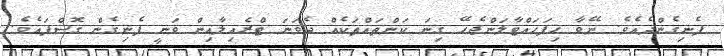
ފެނިގެންދެއެވެ. ނޭވާ ހިފަހައްޓާލަންޖެހޭ ގިނަ ކަންތައްތަކެއް ދެވަނަ ޓްރެއިލާއިން ވަނީ ފެނިގެން ގޮސްފައެވެ.